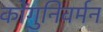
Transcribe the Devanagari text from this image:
कोंगुनिवर्मन